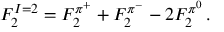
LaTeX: F _ { 2 } ^ { I = 2 } = F _ { 2 } ^ { \pi ^ { + } } + F _ { 2 } ^ { \pi ^ { - } } - 2 F _ { 2 } ^ { \pi ^ { 0 } } \, .